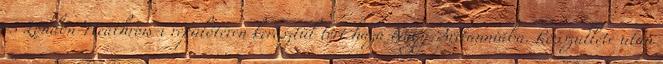
és London-Heathrow-i repülőtéren keresztül tért haza Nagy-Britanniába. Rosszulléte után